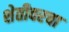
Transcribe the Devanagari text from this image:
शेतीवरचा